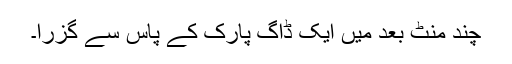
چند منٹ بعد میں ایک ڈاگ پارک کے پاس سے گزرا۔